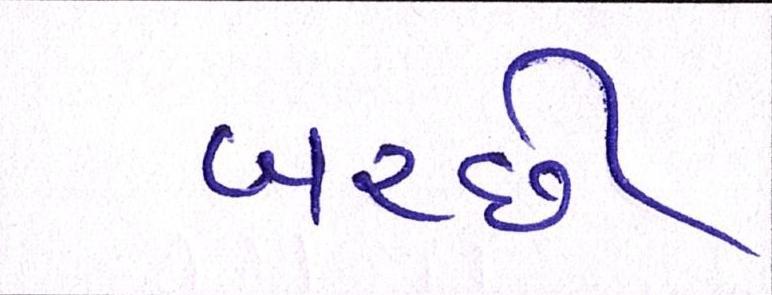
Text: બરછી